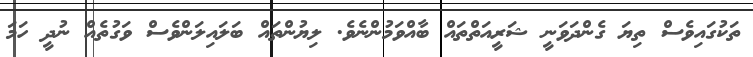
ތަކުގައިވެސް ތިޔަ ގެންދަވަނީ ޝަރީއަތްތައް ބާއްވަމުންނެވެ. ލިޔުންތައް ބަލައިލަންވެސް ވަގުތެއް ނުދީ ހަމަ